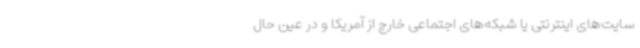
سایت‌های اینترنتی یا شبکه‌های اجتماعی خارج از آمریکا و در عین‌ حال